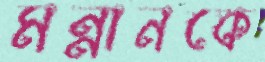
মন্নানকে